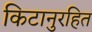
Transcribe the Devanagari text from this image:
किटानुरहित